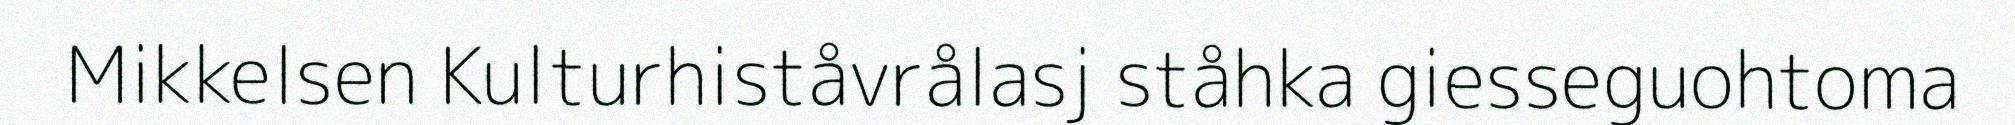
Mikkelsen Kulturhiståvrålasj ståhka giesseguohtoma